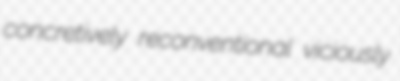
concretively reconventional viciously